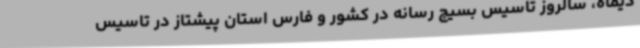
دیماه، سالروز تاسیس بسیج رسانه در کشور و فارس استان پیشتاز در تاسیس